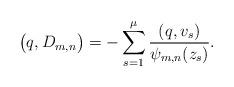
LaTeX: \begin{align*}\big(q,D_{m,n}\big)=-\sum^\mu_{s=1}\frac{(q,v_s)}{\psi_{m,n}(z_s)}. \end{align*}